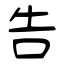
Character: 告